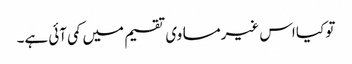
تو کیا اس غیرمساوی تقسیم میں کمی آئی ہے۔